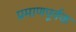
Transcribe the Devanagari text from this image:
प्रमाणपूर्वक